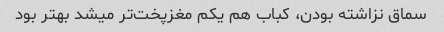
سماق نزاشته بودن، کباب هم یکم مغزپخت‌تر میشد بهتر بود